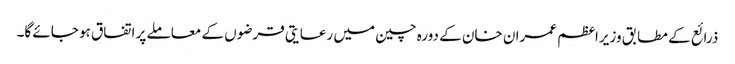
ذرائع کے مطابق وزیراعظم عمران خان کے دورہ چین میں رعایتی قرضوں کے معاملے پر اتفاق ہو جائے گا۔